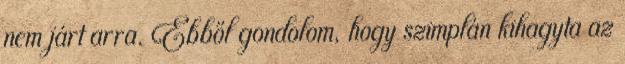
nem járt arra. Ebből gondolom, hogy szimplán kihagyta az